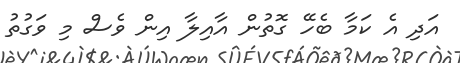
އަދި އެ ކަމާ ބެހޭ ގޮތުން އާއިލާ އިން ވެސް މި ވަގުތު